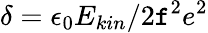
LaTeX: \delta=\epsilon_{0}E_{kin}/2\mathtt{f}^{2}e^{2}